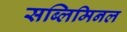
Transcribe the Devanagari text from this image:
सब्लिमिनल